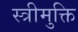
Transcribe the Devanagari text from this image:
स्त्रीमुक्ति